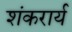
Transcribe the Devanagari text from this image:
शंकरार्य